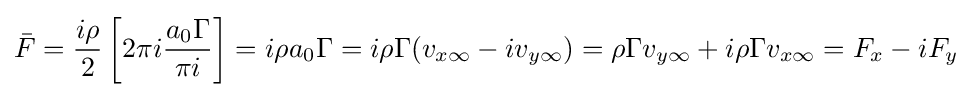
{\bar {F}}={\frac {i\rho }{2}}\left[2\pi i{\frac {a_{0}\Gamma }{\pi i}}\right]=i\rho a_{0}\Gamma =i\rho \Gamma (v_{x\infty }-iv_{y\infty })=\rho \Gamma v_{y\infty }+i\rho \Gamma v_{x\infty }=F_{x}-iF_{y}